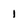
Character: 1